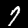
Label: 7